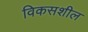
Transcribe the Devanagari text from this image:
विकसशील